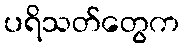
ပရိသတ်တွေက